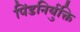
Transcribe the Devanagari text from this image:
पिंडनिर्युक्ति